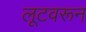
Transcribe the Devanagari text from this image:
लूटवरून